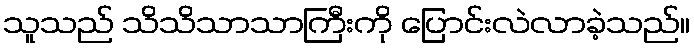
သူသည် သိသိသာသာကြီးကို ပြောင်းလဲလာခဲ့သည်။